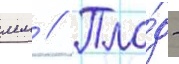
мм // Пло́д -